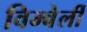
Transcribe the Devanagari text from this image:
विम्बेर्ली